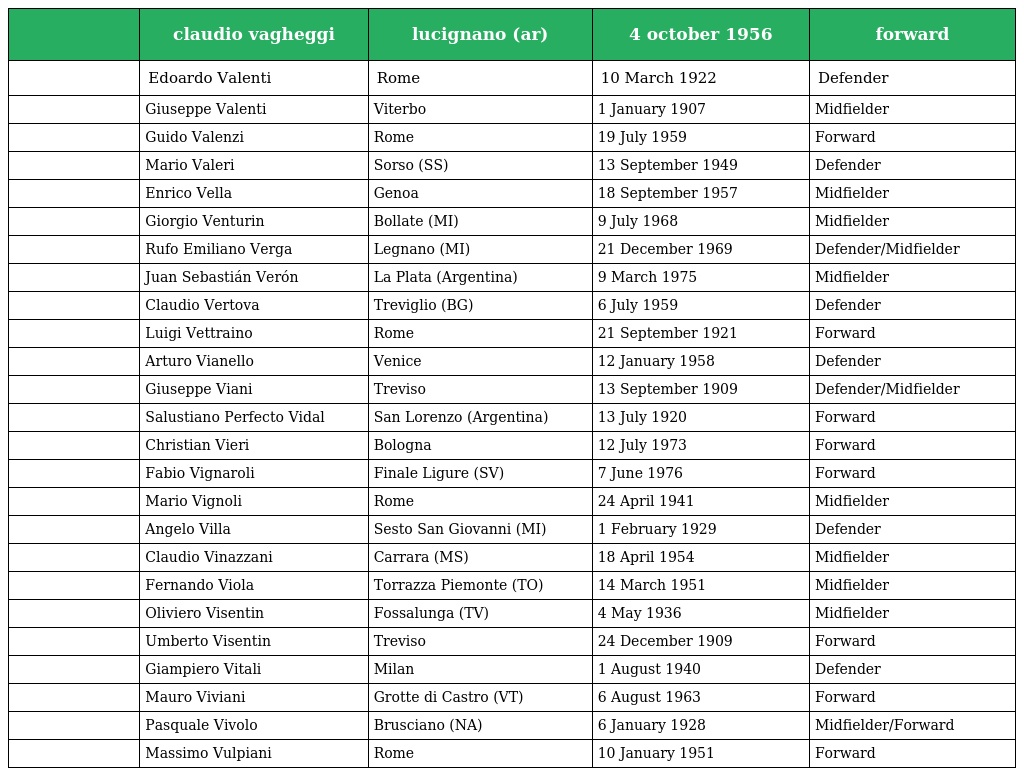
|  | claudio vagheggi | lucignano (ar) | 4 october 1956 | forward |
 | --- | --- | --- | --- | --- |
 |  | Edoardo Valenti | Rome | 10 March 1922 | Defender |
 |  | Giuseppe Valenti | Viterbo | 1 January 1907 | Midfielder |
 |  | Guido Valenzi | Rome | 19 July 1959 | Forward |
 |  | Mario Valeri | Sorso (SS) | 13 September 1949 | Defender |
 |  | Enrico Vella | Genoa | 18 September 1957 | Midfielder |
 |  | Giorgio Venturin | Bollate (MI) | 9 July 1968 | Midfielder |
 |  | Rufo Emiliano Verga | Legnano (MI) | 21 December 1969 | Defender/Midfielder |
 |  | Juan Sebastián Verón | La Plata (Argentina) | 9 March 1975 | Midfielder |
 |  | Claudio Vertova | Treviglio (BG) | 6 July 1959 | Defender |
 |  | Luigi Vettraino | Rome | 21 September 1921 | Forward |
 |  | Arturo Vianello | Venice | 12 January 1958 | Defender |
 |  | Giuseppe Viani | Treviso | 13 September 1909 | Defender/Midfielder |
 |  | Salustiano Perfecto Vidal | San Lorenzo (Argentina) | 13 July 1920 | Forward |
 |  | Christian Vieri | Bologna | 12 July 1973 | Forward |
 |  | Fabio Vignaroli | Finale Ligure (SV) | 7 June 1976 | Forward |
 |  | Mario Vignoli | Rome | 24 April 1941 | Midfielder |
 |  | Angelo Villa | Sesto San Giovanni (MI) | 1 February 1929 | Defender |
 |  | Claudio Vinazzani | Carrara (MS) | 18 April 1954 | Midfielder |
 |  | Fernando Viola | Torrazza Piemonte (TO) | 14 March 1951 | Midfielder |
 |  | Oliviero Visentin | Fossalunga (TV) | 4 May 1936 | Midfielder |
 |  | Umberto Visentin | Treviso | 24 December 1909 | Forward |
 |  | Giampiero Vitali | Milan | 1 August 1940 | Defender |
 |  | Mauro Viviani | Grotte di Castro (VT) | 6 August 1963 | Forward |
 |  | Pasquale Vivolo | Brusciano (NA) | 6 January 1928 | Midfielder/Forward |
 |  | Massimo Vulpiani | Rome | 10 January 1951 | Forward |